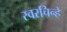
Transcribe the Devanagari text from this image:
स्वरचिन्हे